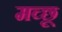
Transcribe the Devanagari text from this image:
मच्‍छू